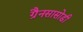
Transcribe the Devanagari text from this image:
ग्रैनसासोडी